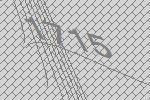
1715